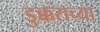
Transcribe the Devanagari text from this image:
डुक्कराच्या